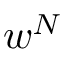
w ^ { N }